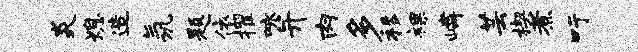
炎熄造氛题依擢咏并肉多移裸嶙芸楔煮吁